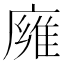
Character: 㢕